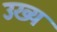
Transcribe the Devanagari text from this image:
उख्य